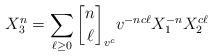
LaTeX: \begin{align*} X_3^n&=\sum\limits_{\ell\ge0}{n\brack \ell}_{v^c} v^{-nc\ell}X_1^{-n}X_2^{c\ell}\end{align*}